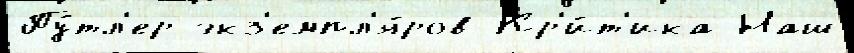
Пу́тл'ер экз'емпл'я́ров Кр'и́т'ика Наш